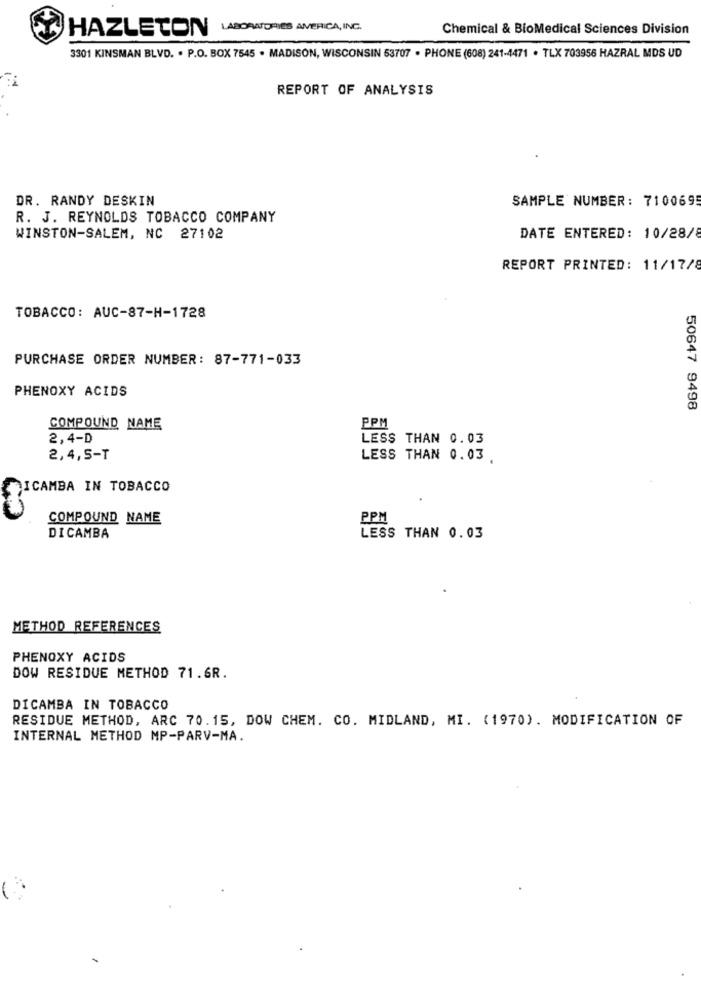
LABORATORIES AMERICA, INC.
Chemical & BioMedical Sciences Division
HAZLETON
3301 KINSMAN BLVD. . P.O. BOX 7545 . MADISON, WISCONSIN 53707 . PHONE (608) 241-4471 . TLX 703956 HAZRAL MDS UD
REPORT OF ANALYSIS
DR. RANDY DESKIN
SAMPLE NUMBER: 7100695
R. J. REYNOLDS TOBACCO COMPANY
WINSTON-SALEM, NC 27102
DATE ENTERED: 10/28/8
REPORT PRINTED: 11/17/8
TOBACCO: AUC-87-H-1728
PURCHASE ORDER NUMBER: 87-771-033
PHENOXY ACIDS
50647 9498
COMPOUND NAME
PPM
2,4-D
LESS THAN 0.03
2,4,5-T
LESS THAN 0.03.
ICAMBA IN TOBACCO
COMPOUND NAME
PPM
LESS THAN 0.03
DICAMBA
METHOD REFERENCES
PHENOXY ACIDS
DOW RESIDUE METHOD 71.6R.
DICAMBA IN TOBACCO
RESIDUE METHOD, ARC 70.15, DOW CHEM. CO. MIDLAND, MI. (1970). MODIFICATION OF
INTERNAL METHOD MP-PARV-MA.